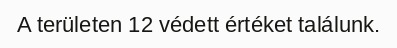
A területen 12 védett értéket találunk.